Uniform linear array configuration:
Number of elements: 48
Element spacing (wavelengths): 0.75
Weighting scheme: hann
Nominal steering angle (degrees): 15
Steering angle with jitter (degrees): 15.638
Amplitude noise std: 0.05
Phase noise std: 0.05

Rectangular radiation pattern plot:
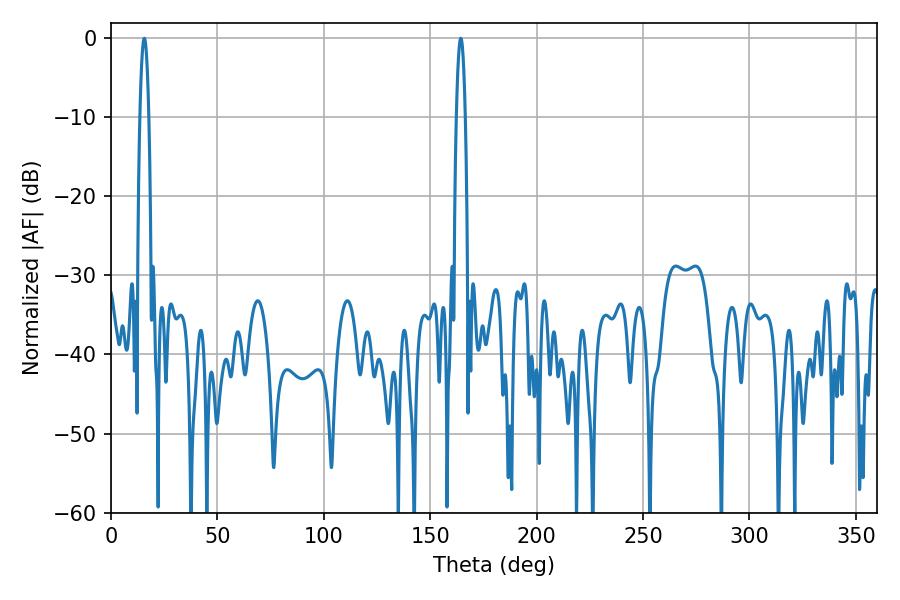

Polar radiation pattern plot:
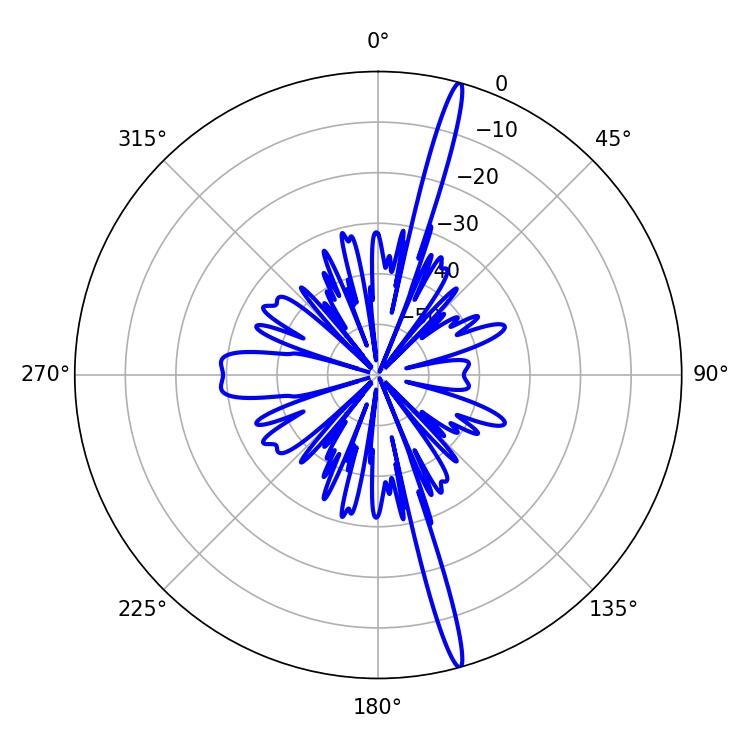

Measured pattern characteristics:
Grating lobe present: TRUE
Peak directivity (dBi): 19.318
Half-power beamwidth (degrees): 2.16
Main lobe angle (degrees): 15.66